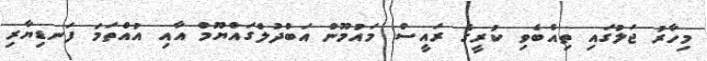
މިހާރު ޖަލުގައި ތިއްބެވި ކުރީގެ ރައީސް މައުމޫން އަބްދުލްގައްޔޫމް އާއި އުއްތަމަ ފަނޑިޔާރި